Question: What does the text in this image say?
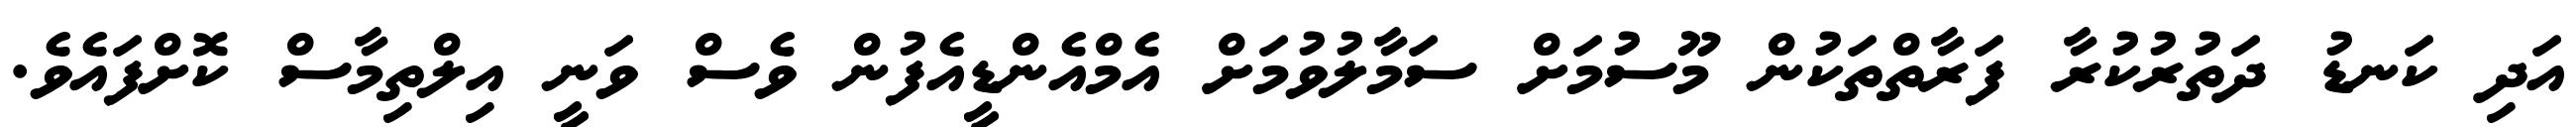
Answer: އަދި ކަނޑު ދަތުރުކުރާ ފަރާތްތަކުން މޫސުމަށް ސަމާލުވުމަށް އެމްއެންޑީއެފުން ވެސް ވަނީ އިލްތިމާސް ކޮށްފައެވެ.